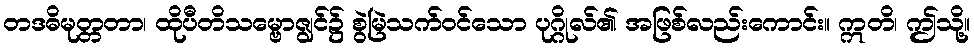
တဒဓိမုတ္တတာ၊ ထိုပီတိသမ္ဗောဇျွင်၌ စွဲမြဲသက်ဝင်သော ပုဂ္ဂိုလ်၏ အဖြစ်လည်းကောင်း။ ဣတိ၊ ဤသို့။